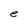
Character: e